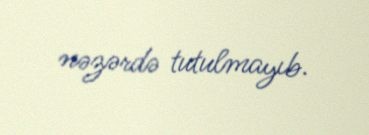
nəzərdə tutulmayıb.